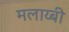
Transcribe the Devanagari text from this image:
मलाय्बी